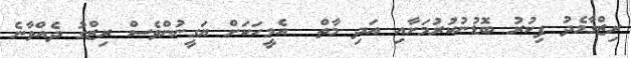
ރިޒްގާމެދު ފިކުރު ބޮޑުނުކުރުމަށާއި އަދި މާތް  އެމީހަކަށް ޔަގީނުންވެސް ރިޒްގު ދެއްވާނެ